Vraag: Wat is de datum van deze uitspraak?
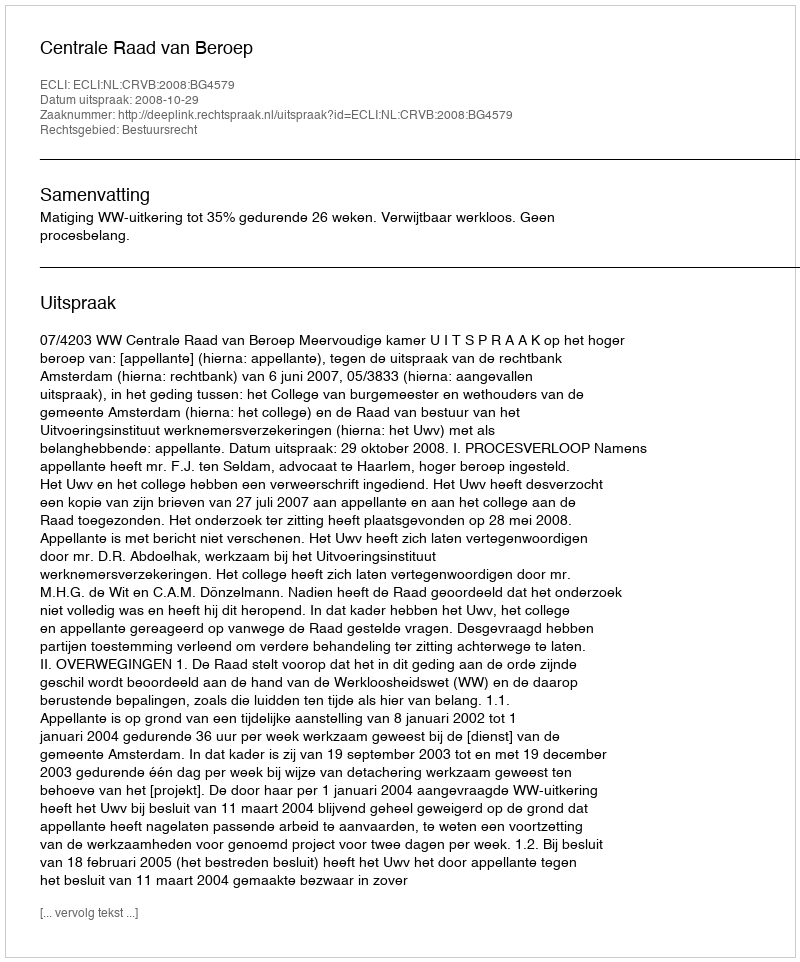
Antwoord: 2008-10-29